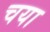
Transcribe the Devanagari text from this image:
चया